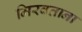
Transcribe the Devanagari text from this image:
मिरवताना